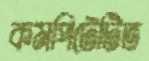
কমপিটেটিভ